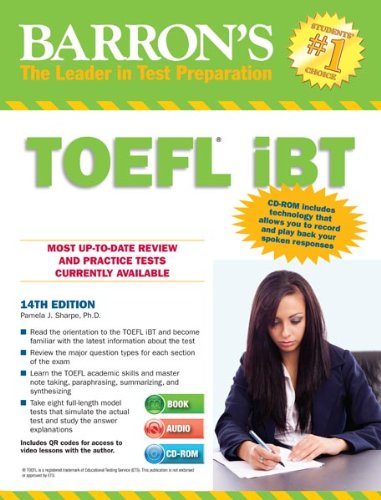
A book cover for Barron's TOEFL iBT with Audio CDs and CD-ROM, 14th Edition; Pamela Sharpe Ph.D.; Test Preparation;